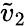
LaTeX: \tilde{v}_{2}